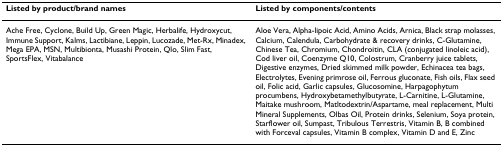
<table><thead><tr><td><b>Listed by product/brand names</b></td><td><b>Listed by components/contents</b></td></tr></thead><tbody><tr><td>Ache Free, Cyclone, Build Up, Green Magic, Herbalife, Hydroxycut, Immune Support, Kalms, Lactibiane, Leppin, Lucozade, Met-Rx, Minadex, Mega EPA, MSN, Multibionta, Musashi Protein, Qlo, Slim Fast, SportsFlex, Vitabalance</td><td>Aloe Vera, Alpha-lipoic Acid, Amino Acids, Arnica, Black strap molasses, Calcium, Calendula, Carbohydrate &amp; recovery drinks, C-Glutamine, Chinese Tea, Chromium, Chondroitin, CLA (conjugated linoleic acid), Cod liver oil, Coenzyme Q10, Colostrum, Cranberry juice tablets, Digestive enzymes, Dried skimmed milk powder, Echinacea tea bags, Electrolytes, Evening primrose oil, Ferrous gluconate, Fish oils, Flax seed oil, Folic acid, Garlic capsules, Glucosomine, Harpagophytum procumbens, Hydroxybetamethylbutyrate, L-Carnitine, L-Glutamine, Maitake mushroom, Matltodextrin/Aspartame, meal replacement, Multi Mineral Supplements, Olbas Oil, Protein drinks, Selenium, Soya protein, Starflower oil, Sumpast, Tribulous Terrestris, Vitamin B, B combined with Forceval capsules, Vitamin B complex, Vitamin D and E, Zinc</td></tr></tbody></table>